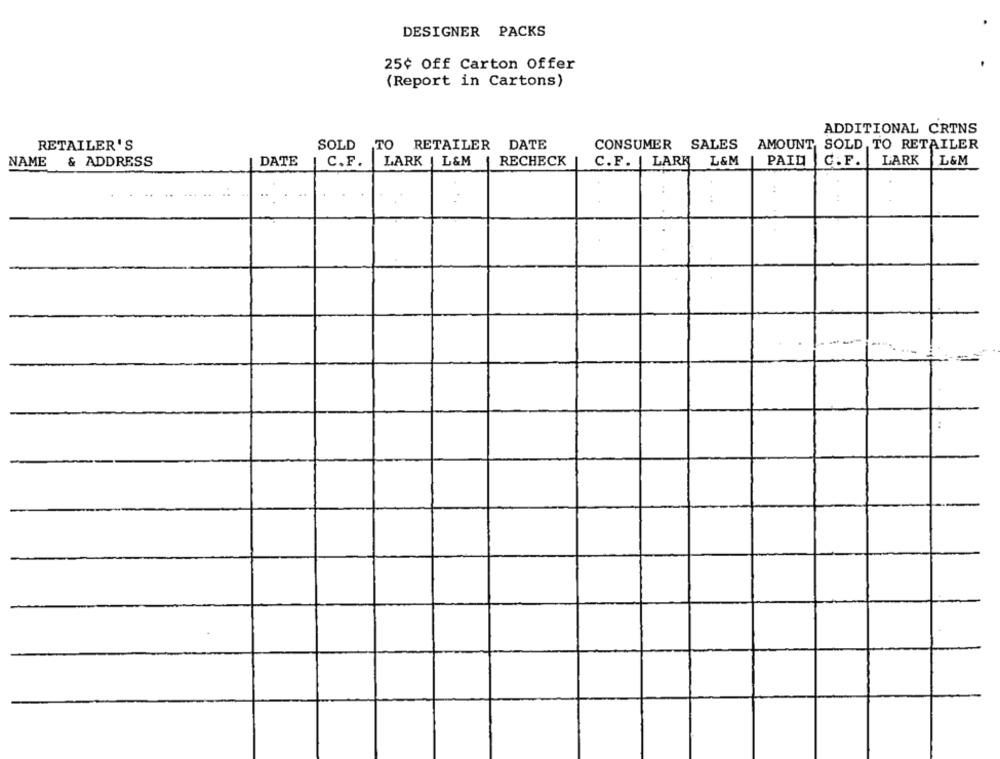
DESIGNER PACKS
25¢ Off Carton Offer
(Report in Cartons)
ADDITIONAL CRINS
AMOUNT
AMOUNT SOLD TO RETAILER
RETAILER'S
SOLD TO
RETAILER
DATE
CONSUMER SALES
L&M
NAME
& ADDRESS
DATE
|C.F.
LARK | L&M
RECHECK
C.F. | LARK L&M
PAID
C. F.
LARK